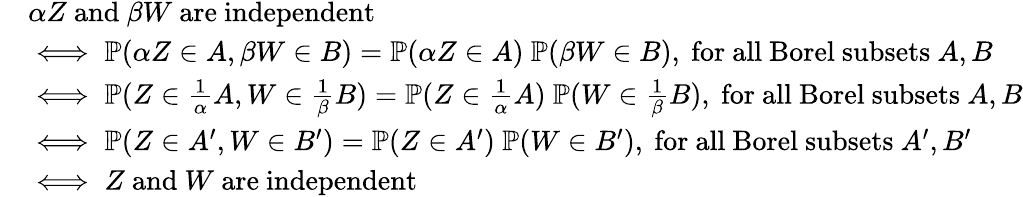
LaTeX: \begin{array}{rl}&{\alpha Z\mathrm{~and~}\beta W\mathrm{~are~independent}}\\ &{\iff\mathbb{P}(\alpha Z\in A,\beta W\in B)=\mathbb{P}(\alpha Z\in A)\ \mathbb{P}(\beta W\in B),\mathrm{~for~all~Borel~subsets~}A,B}\\ &{\iff\mathbb{P}(Z\in\frac{1}{\alpha}A,W\in\frac{1}{\beta}B)=\mathbb{P}(Z\in\frac{1}{\alpha}A)\ \mathbb{P}(W\in\frac{1}{\beta}B),\mathrm{~for~all~Borel~subsets~}A,B}\\ &{\iff\mathbb{P}(Z\in A^{\prime},W\in B^{\prime})=\mathbb{P}(Z\in A^{\prime})\ \mathbb{P}(W\in B^{\prime}),\mathrm{~for~all~Borel~subsets~}A^{\prime},B^{\prime}}\\ &{\iff Z\mathrm{~and~}W\mathrm{~are~independent}}\end{array}